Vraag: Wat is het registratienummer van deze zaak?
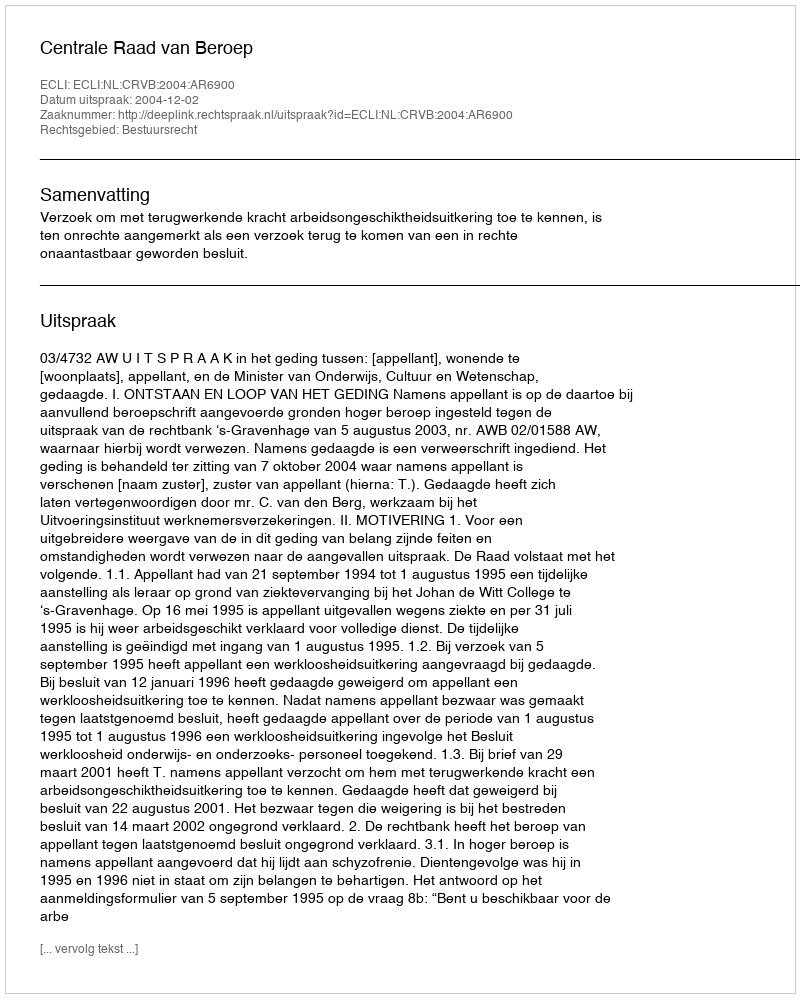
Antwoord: http://deeplink.rechtspraak.nl/uitspraak?id=ECLI:NL:CRVB:2004:AR6900